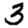
Digit: 3